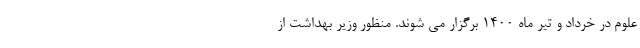
علوم در خرداد و تیر ماه ۱۴۰۰ برگزار می شوند. منظور وزیر بهداشت از